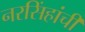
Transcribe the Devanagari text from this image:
नरसिंहांची